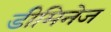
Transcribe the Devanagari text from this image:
डीमिनेज